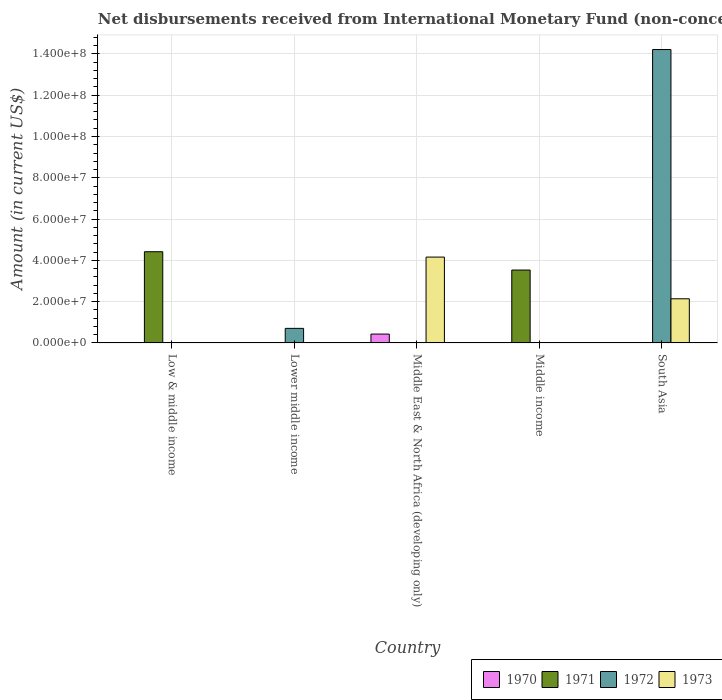
| Country | 1970 | 1971 | 1972 | 1973 |
 | --- | --- | --- | --- | --- |
 | Low & middle income | -1.63e+08 | 4.42e+07 | -1.71e+07 | -1.37e+08 |
 | Lower middle income | -2.66e+07 | -2.57e+07 | 7.06e+06 | -5.09e+07 |
 | Middle East & North Africa (developing only) | 4.3e+06 | -2.56e+06 | -8.06e+07 | 4.16e+07 |
 | Middle income | -1.57e+08 | 3.53e+07 | -9.49e+07 | -1.57e+08 |
 | South Asia | -4.59e+07 | -1.32e+07 | 1.42e+08 | 2.14e+07 |